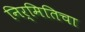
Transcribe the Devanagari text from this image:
निर्मितिचा